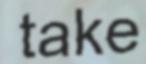
take